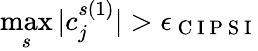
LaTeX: \displaystyle\operatorname*{max}_{s}|c_{j}^{s(1)}|>\epsilon_{\mathrm{~C~I~P~S~I~}}